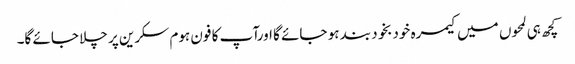
کچھ ہی لمحوں میں کیمرہ خودبخود بند ہو جائے گا اورآپ کا فون ہوم سکرین پر چلا جائے گا۔